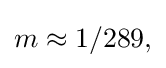
{\textstyle m\approx 1/289,}